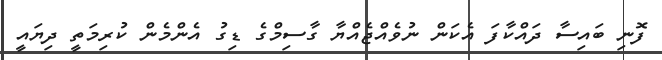
ފޮނި ބައިސާ ދައްކާފަ އެކަން ނުވެއްޖެއްޔާ ގާސިމްގެ ޑިގު އެންމެން ކުރިމަތީ ދިޔައީ